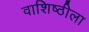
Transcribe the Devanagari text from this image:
वाशिष्ठीला